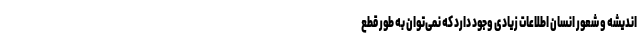
اندیشه و شعور انسان اطلاعات زیادی وجود دارد که نمی‌توان به طور قطع